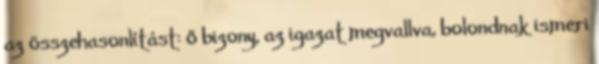
az összehasonlítást: ő bizony, az igazat megvallva, bolondnak ismeri